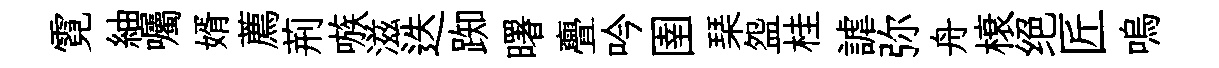
霓紬囑婿薦荊嗾滋迭踟曙亹吟圉琹盌桂謔弥舟榱绝匠嗚